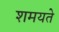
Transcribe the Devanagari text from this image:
शमयते